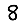
Digit: 8